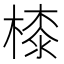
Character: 㯃